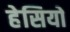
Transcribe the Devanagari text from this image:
हेसियो